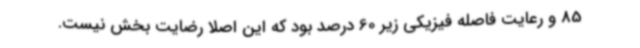
85 و رعایت فاصله فیزیکی زیر 60 درصد بود که این اصلا رضایت بخش نیست.